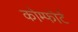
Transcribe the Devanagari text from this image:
कोम्फोर्ट